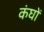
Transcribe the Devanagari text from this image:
कंघों